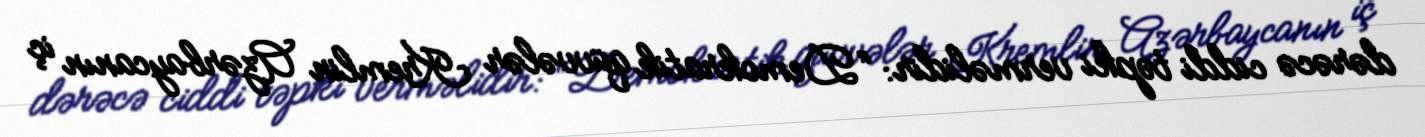
dərəcə ciddi təpki verməlidir: “Demokratik qüvvələr Kremlin Azərbaycanın iç